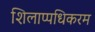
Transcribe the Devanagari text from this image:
शिलाप्पधिकरम